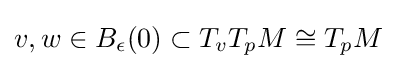
v,w\in B_{\epsilon }(0)\subset T_{v}T_{p}M\cong T_{p}M